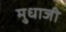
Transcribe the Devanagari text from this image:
मुधाजी